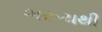
ભરૂચથી